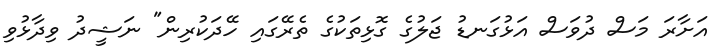
އަށާރަ މަސް ދުވަސް އަޅުގަނޑު ޖަލުގެ ގޮޅިތަކުގެ ތެރޭގައި ހޭދަކުރިން" ނަޝީދު ވިދާޅުވި